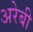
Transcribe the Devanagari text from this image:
अरेबी